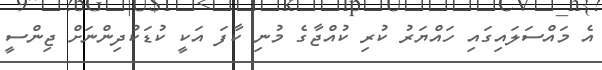
އެ މައްސަލައިގައި ހަައްޔަރު ކުރި ކުއްޖާގެ މުނި ކާފަ އަކީ ކުޑަކުދިންނަށް ޖިންސީ